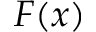
F ( x )